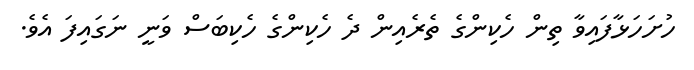
ހުށަހަޅާފައިވާ ތިން ހެކިންގެ ތެރެއިން ދެ ހެކިންގެ ހެކިބަސް ވަނީ ނަގައިފަ އެވެ.